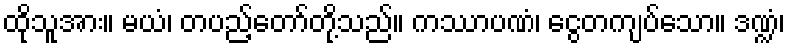
ထိုသူအား။ မယံ၊ တပည့်တော်တို့သည်။ ကဿာပဏံ၊ ငွေတကျပ်သော။ ဒဏ္ဍံ၊